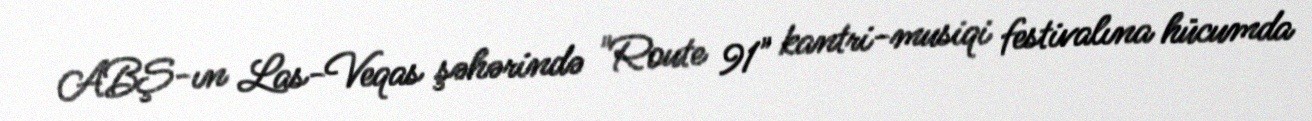
ABŞ-ın Las-Veqas şəhərində "Route 91" kantri-musiqi festivalına hücumda